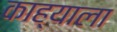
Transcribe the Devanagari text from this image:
काह्याला